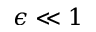
\epsilon \ll 1